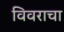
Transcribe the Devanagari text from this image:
विवराचा